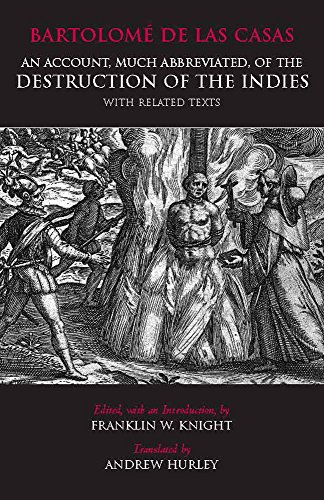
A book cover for An Account, Much Abbreviated, of the Destruction of the Indies With Related Texts; Bartolome de Las Casas; History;